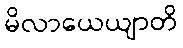
မိလာယေယျာတိ